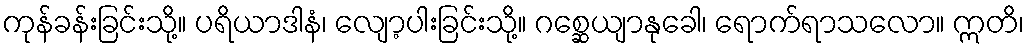
ကုန်ခန်းခြင်းသို့။ ပရိယာဒါနံ၊ လျော့ပါးခြင်းသို့။ ဂစ္ဆေယျာနုခေါ၊ ရောက်ရာသလော။ ဣတိ၊